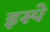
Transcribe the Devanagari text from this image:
इस्पे